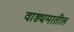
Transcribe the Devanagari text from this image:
वाङ्यमातील